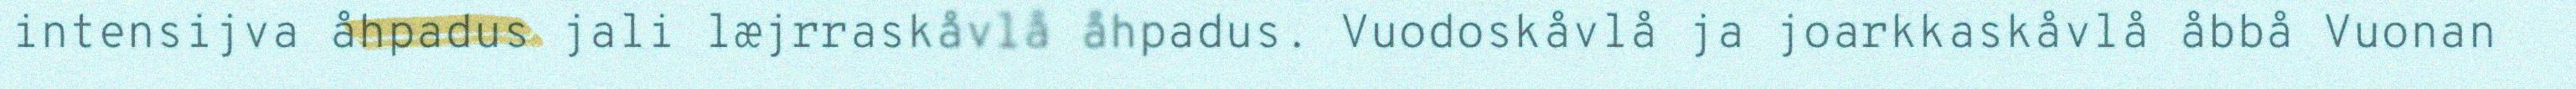
intensijva åhpadus jali læjrraskåvlå åhpadus. Vuodoskåvlå ja joarkkaskåvlå åbbå Vuonan